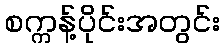
စက္ကန့်ပိုင်းအတွင်း